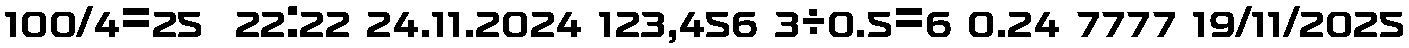
100/4=25  22:22 24.11.2024 123,456 3÷0.5=6 0.24 7777 19/11/2025